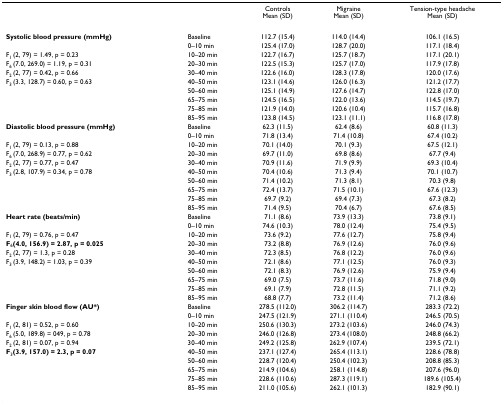
<table><thead><tr><td></td><td></td><td><b>Controls Mean (SD)</b></td><td><b>Migraine Mean (SD)</b></td><td><b>Tension-type headache Mean (SD)</b></td></tr></thead><tbody><tr><td><b>Systolic blood pressure (mmHg)</b></td><td>Baseline</td><td>112.7 (15.4)</td><td>114.0 (14.4)</td><td>106.1 (16.5)</td></tr><tr><td></td><td>0–10 min</td><td>125.4 (17.0)</td><td>128.7 (20.0)</td><td>117.1 (18.4)</td></tr><tr><td>F<sub>1 </sub>(2, 79) = 1.49, p = 0.23</td><td>10–20 min</td><td>122.7 (16.7)</td><td>125.7 (18.7)</td><td>117.1 (20.1)</td></tr><tr><td>F<sub>6 </sub>(7.0, 269.0) = 1.19, p = 0.31</td><td>20–30 min</td><td>122.5 (15.3)</td><td>125.7 (17.0)</td><td>117.9 (17.8)</td></tr><tr><td>F<sub>2 </sub>(2, 77) = 0.42, p = 0.66</td><td>30–40 min</td><td>122.6 (16.0)</td><td>128.3 (17.8)</td><td>120.0 (17.6)</td></tr><tr><td>F<sub>3 </sub>(3.3, 128.7) = 0.60, p = 0.63</td><td>40–50 min</td><td>123.1 (14.6)</td><td>126.0 (16.3)</td><td>121.2 (17.7)</td></tr><tr><td></td><td>50–60 min</td><td>125.1 (14.9)</td><td>127.6 (14.7)</td><td>122.8 (17.0)</td></tr><tr><td></td><td>65–75 min</td><td>124.5 (16.5)</td><td>122.0 (13.6)</td><td>114.5 (19.7)</td></tr><tr><td></td><td>75–85 min</td><td>121.9 (14.0)</td><td>120.6 (10.4)</td><td>115.7 (16.8)</td></tr><tr><td></td><td>85–95 min</td><td>123.8 (14.5)</td><td>123.1 (11.1)</td><td>116.8 (17.8)</td></tr><tr><td><b>Diastolic blood pressure (mmHg)</b></td><td>Baseline</td><td>62.3 (11.5)</td><td>62.4 (8.6)</td><td>60.8 (11.3)</td></tr><tr><td></td><td>0–10 min</td><td>71.8 (13.4)</td><td>71.4 (10.8)</td><td>67.4 (10.2)</td></tr><tr><td>F<sub>1 </sub>(2, 79) = 0.13, p = 0.88</td><td>10–20 min</td><td>70.1 (14.0)</td><td>70.1 (9.3)</td><td>67.5 (12.1)</td></tr><tr><td>F<sub>6 </sub>(7.0, 268.9) = 0.77, p = 0.62</td><td>20–30 min</td><td>69.7 (11.0)</td><td>69.8 (8.6)</td><td>67.7 (9.4)</td></tr><tr><td>F<sub>2 </sub>(2, 77) = 0.77, p = 0.47</td><td>30–40 min</td><td>70.9 (11.6)</td><td>71.9 (9.9)</td><td>69.3 (10.4)</td></tr><tr><td>F<sub>3 </sub>(2.8, 107.9) = 0.34, p = 0.78</td><td>40–50 min</td><td>70.4 (10.6)</td><td>71.3 (9.4)</td><td>70.1 (10.7)</td></tr><tr><td></td><td>50–60 min</td><td>71.4 (10.2)</td><td>71.3 (8.1)</td><td>70.3 (9.8)</td></tr><tr><td></td><td>65–75 min</td><td>72.4 (13.7)</td><td>71.5 (10.1)</td><td>67.6 (12.3)</td></tr><tr><td></td><td>75–85 min</td><td>69.7 (9.2)</td><td>69.4 (7.3)</td><td>67.3 (8.2)</td></tr><tr><td></td><td>85–95 min</td><td>71.4 (9.5)</td><td>70.4 (6.7)</td><td>67.6 (8.5)</td></tr><tr><td><b>Heart rate (beats/min)</b></td><td>Baseline</td><td>71.1 (8.6)</td><td>73.9 (13.3)</td><td>73.8 (9.1)</td></tr><tr><td></td><td>0–10 min</td><td>74.6 (10.3)</td><td>78.0 (12.4)</td><td>75.4 (9.5)</td></tr><tr><td>F<sub>1 </sub>(2, 79) = 0.76, p = 0.47</td><td>10–20 min</td><td>73.6 (9.2)</td><td>77.6 (12.7)</td><td>75.8 (9.4)</td></tr><tr><td><b>F</b><sub>6</sub><b>(4.0, 156.9) = 2.87, p = 0.025</b></td><td>20–30 min</td><td>73.2 (8.8)</td><td>76.9 (12.6)</td><td>76.0 (9.6)</td></tr><tr><td>F<sub>2 </sub>(2, 77) = 1.3, p = 0.28</td><td>30–40 min</td><td>72.3 (8.5)</td><td>76.8 (12.2)</td><td>76.0 (9.6)</td></tr><tr><td>F<sub>3 </sub>(3.9, 148.2) = 1.03, p = 0.39</td><td>40–50 min</td><td>72.1 (8.6)</td><td>77.1 (12.5)</td><td>76.0 (9.3)</td></tr><tr><td></td><td>50–60 min</td><td>72.1 (8.3)</td><td>76.9 (12.6)</td><td>75.9 (9.4)</td></tr><tr><td></td><td>65–75 min</td><td>69.0 (7.5)</td><td>73.7 (11.6)</td><td>71.8 (9.0)</td></tr><tr><td></td><td>75–85 min</td><td>69.1 (7.9)</td><td>72.8 (11.5)</td><td>71.1 (9.2)</td></tr><tr><td></td><td>85–95 min</td><td>68.8 (7.7)</td><td>73.2 (11.4)</td><td>71.2 (8.6)</td></tr><tr><td><b>Finger skin blood flow (AU*)</b></td><td>Baseline</td><td>278.5 (112.0)</td><td>306.2 (114.7)</td><td>283.3 (72.2)</td></tr><tr><td></td><td>0–10 min</td><td>247.5 (121.9)</td><td>271.1 (110.4)</td><td>246.5 (70.5)</td></tr><tr><td>F<sub>1 </sub>(2, 81) = 0.52, p = 0.60</td><td>10–20 min</td><td>250.6 (130.3)</td><td>273.2 (103.6)</td><td>246.0 (74.3)</td></tr><tr><td>F<sub>6 </sub>(5.0, 189.8) = 049, p = 0.78</td><td>20–30 min</td><td>246.0 (126.8)</td><td>273.4 (108.0)</td><td>248.8 (66.2)</td></tr><tr><td>F<sub>2 </sub>(2, 81) = 0.07, p = 0.94</td><td>30–40 min</td><td>249.2 (125.8)</td><td>262.9 (107.4)</td><td>239.5 (72.1)</td></tr><tr><td><b>F</b><sub>3</sub><b>(3.9, 157.0) = 2.3, p = 0.07</b></td><td>40–50 min</td><td>237.1 (127.4)</td><td>265.4 (113.1)</td><td>228.6 (78.8)</td></tr><tr><td></td><td>50–60 min</td><td>228.7 (120.4)</td><td>250.4 (102.3)</td><td>208.8 (85.3)</td></tr><tr><td></td><td>65–75 min</td><td>214.9 (104.6)</td><td>258.1 (114.8)</td><td>207.6 (96.0)</td></tr><tr><td></td><td>75–85 min</td><td>228.6 (110.6)</td><td>287.3 (119.1)</td><td>189.6 (105.4)</td></tr><tr><td></td><td>85–95 min</td><td>211.0 (105.6)</td><td>262.1 (101.3)</td><td>182.9 (90.1)</td></tr></tbody></table>